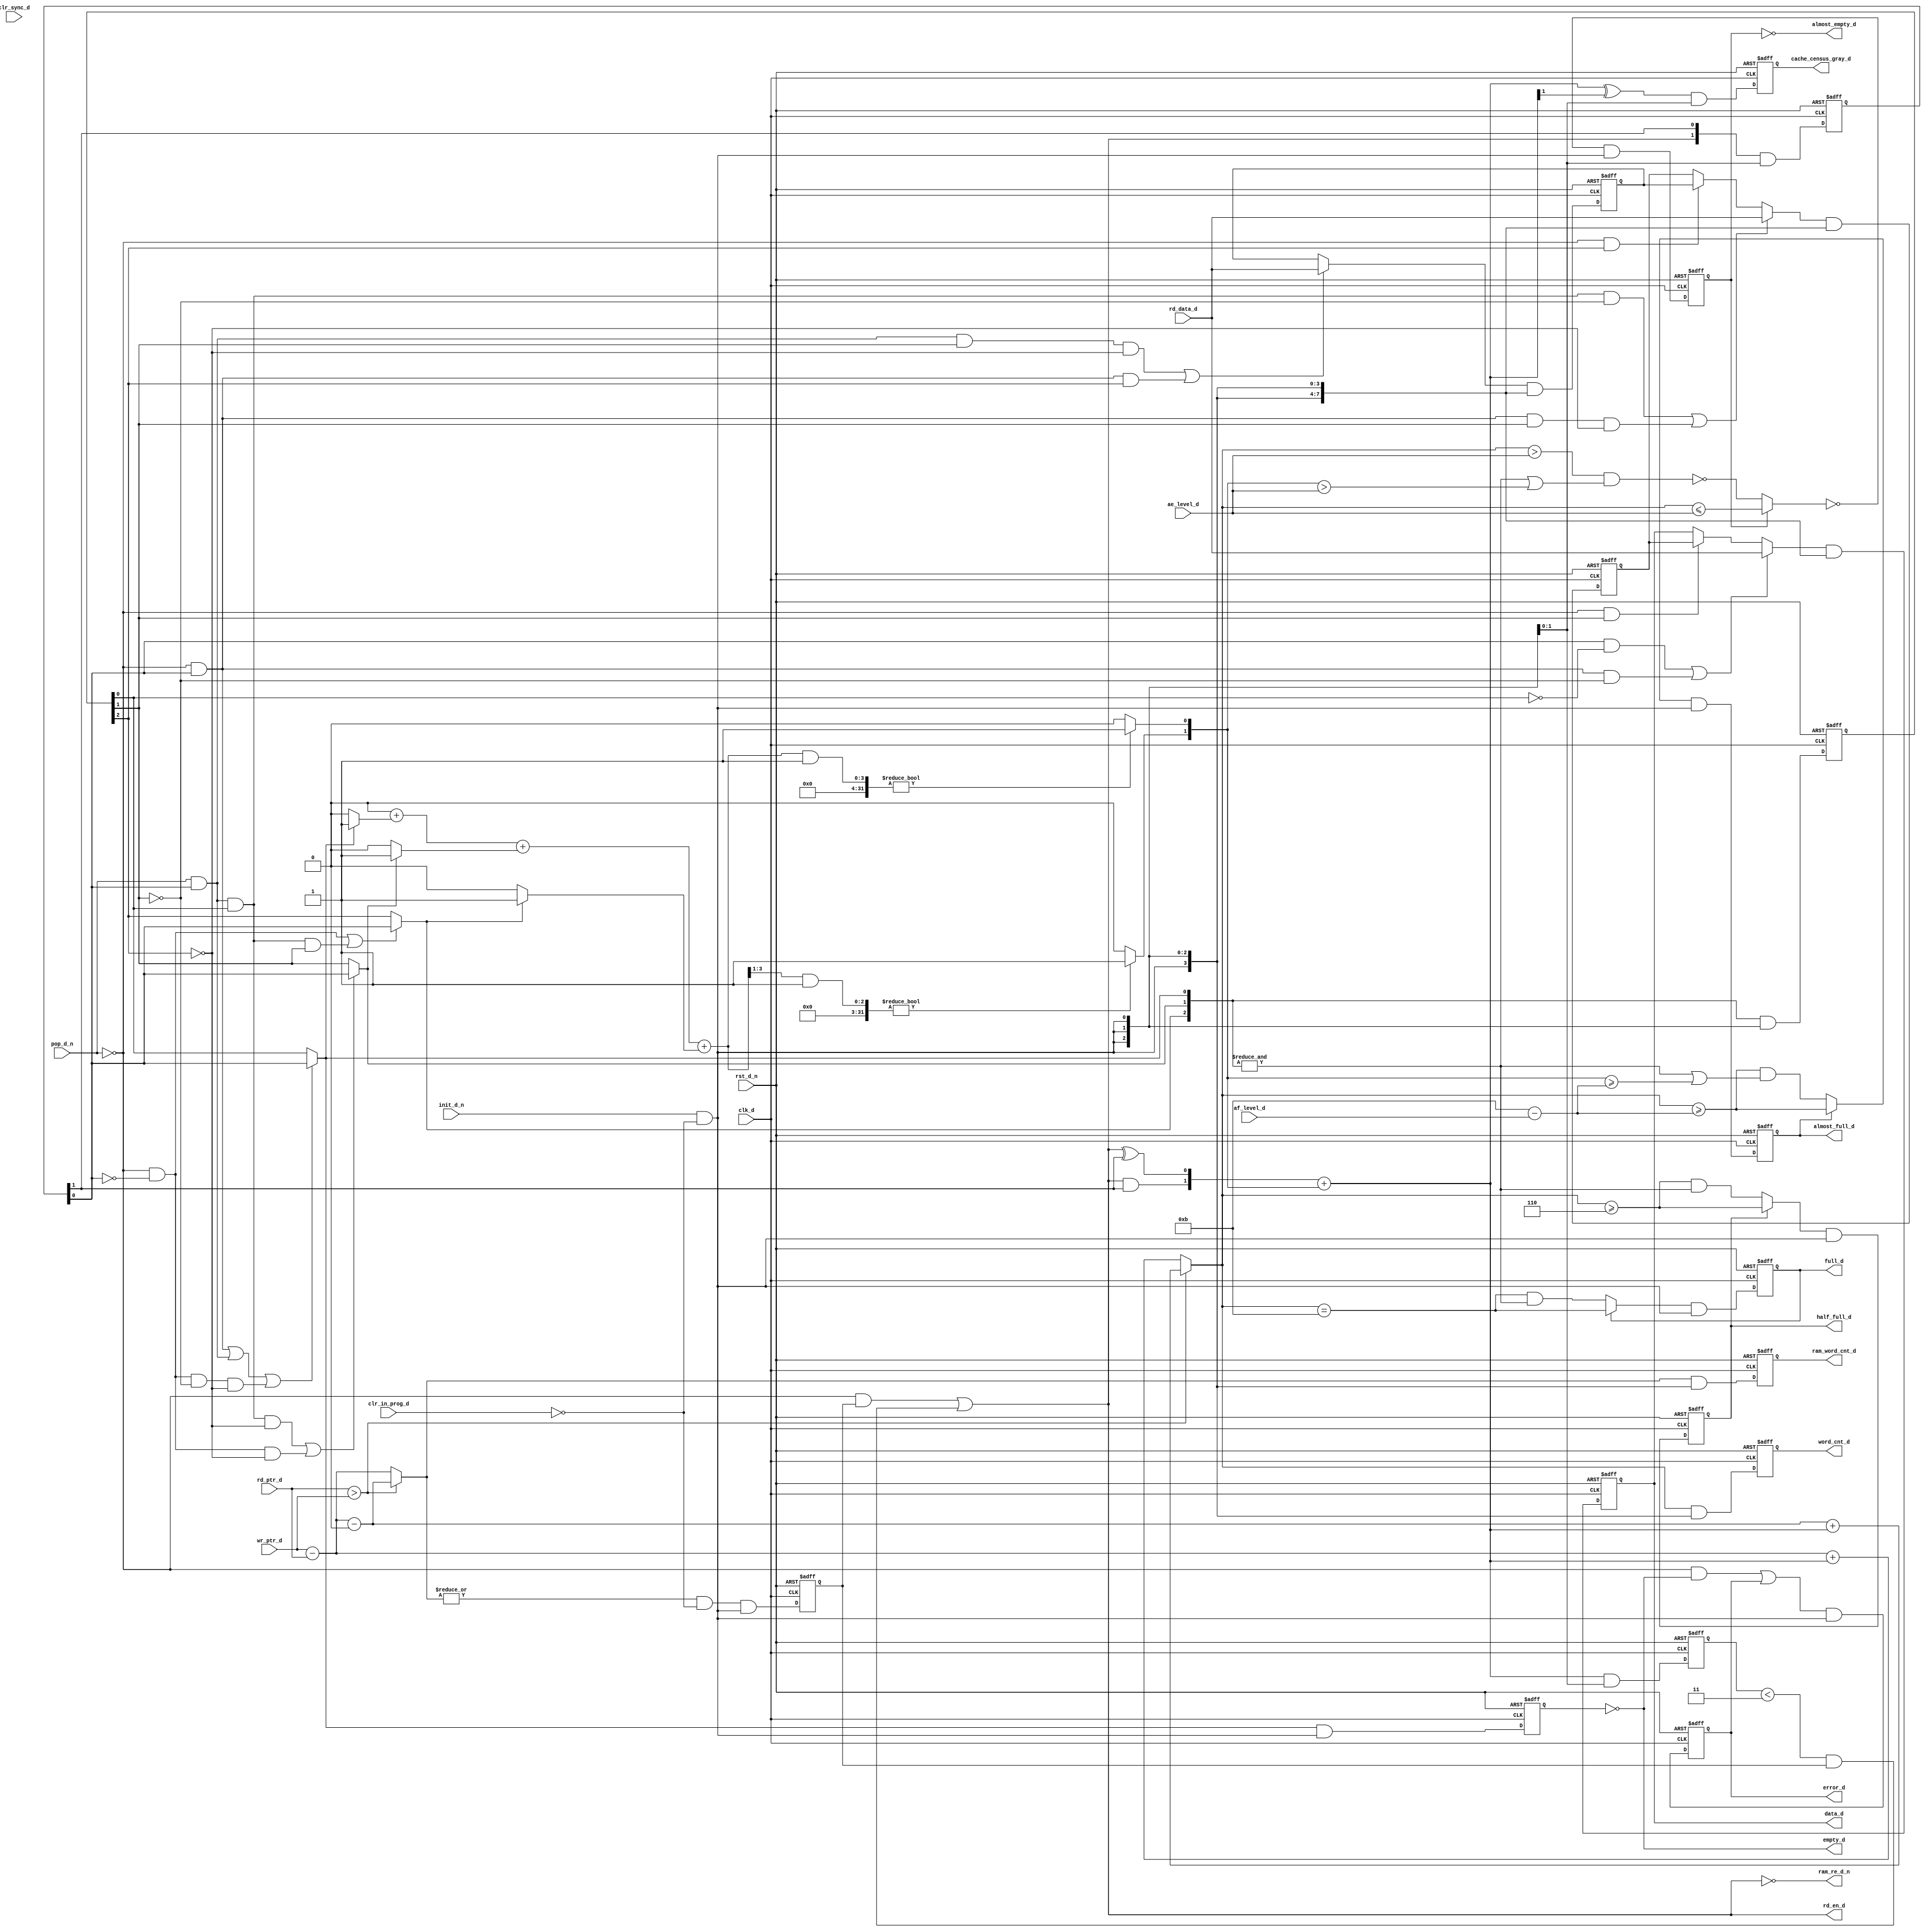
////////////////////////////////////////////////////////////////////////////////
//
//       This confidential and proprietary software may be used only
//     as authorized by a licensing agreement from Synopsys Inc.
//     In the event of publication, the following notice is applicable:
//
//                           ALL RIGHTS RESERVED
//
//       The entire notice above must be reproduced on all authorized
//     copies.
//
//        8/01/06
//
// VERSION:   Verilog Synthesis Model
//
// DesignWare_version: 61194e74
// DesignWare_release: G-2012.06-DWBB_201206.1
//
////////////////////////////////////////////////////////////////////////////////

////////////////////////////////////////////////////////////////////////////////
//
//
// ABSTRACT: Destination domain (pop operation) interface FIFO controller
//
//           Used for FIFOs with synchronous pipelined RAMs and 
//           external caching.  Status flags are dynamically
//           configured.
//
//
//      Parameters     Valid Values   Description
//      ==========     ============   ===========
//      width           1 to 1024     default: 8
//                                    Width of data to/from RAM
//
//      ram_depth     4 to 16777216   default: 8
//                                    Depth of the RAM in the FIFO (does not include cache depth)
//
//      mem_mode         0 to 7       default: 3
//                                    Defines where and how many re-timing stages:
//                                      0 => no RAM pre or post retiming
//                                      1 => RAM data out (post) re-timing
//                                      2 => RAM read address (pre) re-timing
//                                      3 => RAM read address (pre) and data out (post) re-timing 
//                                      4 => RAM write interface (pre) re-timing
//                                      5 => RAM write interface (pre) and data out (post) re-timing
//                                      6 => RAM write interface (pre) and read address (pre) re-timing
//                                      7 => RAM write interface (pre), read address re-timing (pre), and data out (post) re-timing
//
//      ram_re_ext       0 or 1       default: 0
//                                    Determines the charateristic of the ram_re_d_n signal to RAM
//                                      0 => Single-cycle pulse of ram_re_d_n at the read event to RAM
//                                      1 => Extend assertion of ram_re_d_n while read event active in RAM
//
//      err_mode         0 or 1       default: 0
//                                    Error Reporting Behavior
//                                      0 => sticky error flag
//                                      1 => dynamic error flag
//
//      arch_type        0 or 1       default: 0
//                                    Pre-fetch cache architecture type
//                                      0 => Pipeline style
//                                      1 => Register File style
//
//      Inputs 	            Size	  Description
//      ======	            ====	  ===========
//      clk_d	            1 bit	  Destination Domain Clock
//      rst_d_n	            1 bit	  Destination Domain Asynchronous Reset (active low)
//      init_d_n            1 bit	  Destination Domain Synchronous Reset (active low)
//      clr_sync_d          1 bit	  Destination Domain Synchronized Clear (active high pulse)
//      ae_level_d          Q bits        Destination Domain almost empty threshold setting
//      af_level_d          Q bits        Destination Domain almost empty threshold setting
//      clr_in_prog_d       1 bit         Destination Domain Clear in Progress (unregistered)
//      pop_d_n             1 bit         Destination Domain pop request (active low)
//      rd_data_d           W bits        Destination Domain data from RAM
//      wr_ptr_d            M bits        Destination Domain synchronized write pointer (relative to RAM) for counting
//      rd_ptr_d            M bits        Destination Domain next read pointer (relative to RAM) for counting
//
//      Outputs	            Size	  Description
//      =======	            ====	  ===========
//      ram_re_d_n          1 bit         Destination Domain Read Enable to RAM (active-low)
//      rd_en_d             1 bit         Destination Domain enable to gray code synchronizer
//      data_d              W bits        Destination Domain data out
//      word_cnt_d          Q bits        Destination Domain FIFO word count (includes cache)
//      ram_word_cnt_d      M bits        Destination Domain RAM only word count
//      cache_census_gray_d N bits        Destination Domain external cache count in gray-code (incl. RAM read in progress)
//      empty_d	            1 bit	  Destination Domain Empty Flag
//      almost_empty_d      1 bit	  Destination Domain Almost Empty Flag
//      half_full_d         1 bit	  Destination Domain Half Empty Flag
//      almost_full_d       1 bit	  Destination Domain Almost Empty Flag
//      full_d	            1 bit	  Destination Domain Empty Flag
//      error_d	            1 bit	  Destination Domain Error Flag
//
//           Note: M is based on ram_depth:
//                   M = ceil(log2(ram_depth+1))
//
//           Note: N is based on the mem_mode parameter:
//                   N = 1 when mem_mode = 0 or 4
//                   N = 2 when mem_mode = 1, 2, 3, 5, 6, or 7
//		
//           Note: Q is based on the mem_mode parameter:
//                   Q = ceil(log2((ram_depth+1)+1)) when mem_mode = 0 or 4
//                   Q = ceil(log2((ram_depth+1)+2)) when mem_mode = 1, 2, 5, or 6
//                   Q = ceil(log2((ram_depth+1)+3)) when mem_mode = 3 or 7
//
//           Note: W is the width parameter
//
//
// MODIFIED:
//
//	   RJK - 3/21/12
//	   Corrected problems with use when depth is greater than 65533
//	   (STAR 9000530636)
//  
//         DLL - 10/07/11
//         Added labels to all regions of generate statements.
//
//         DLL - 6/6/11
//         (1) Removed all `define macros with #define macros and localparams.
//         (2) Subsequently, removed some 'leda off' and 'leda on' pragmas since `define
//             macros covnverted to localparams.
//         (3) Convert to generate statements replacing constant conditional expressions.
//
//              DLL   11/15/10 Fixed default values for some parameters to match across all
//                             source code.
//                             This fix addresses STAR#9000429754.
//
//              DLL   8/20/10  Fixed corner-case for 'almost_full_d' when cache depth is '1'
//                             and 'af_level_d == eff_depth'.
//                             This fix addresses STAR#9000413916.
//
//              DLL   3/17/10  Fixed the de-assertion conditions for 'almost_empty_d' and
//                             assertion condtions for 'half_full_d', 'almost_full_d', and
//                             'full_d'.  This allows blind popping in with data underruns.
//                             This fix addresses STAR#9000380664.
//                             This fix addresses STAR#9000381207.
//
//              DLL   3/16/10  Apply 'clr_in_prog_d' for synchronous resets to registers
//                             instead of 'clr_sync_d'.
//                             This fix addresses STAR#9000381235.
//                             This fix addresses STAR#9000381234.
//
//              DLL   11-4-09  Create cache count that includes RAM read in progress
//                             state.  Change the meaning/naming of 'cache_inuse_d' to
//                             a gray-coded vector.  New name is "cache_census_gray_d"
//                             This fix addresses STAR#9000353986.
//
//              DLL   1-10-07  Converted looping variables from global to local
//
//		
////////////////////////////////////////////////////////////////////////////////


module DWsc_fifoctl_dif(
        clk_d,
        rst_d_n,
        init_d_n,
        clr_sync_d,
        ae_level_d,
        af_level_d,
        clr_in_prog_d,
        pop_d_n,
        rd_data_d,
        wr_ptr_d,
        rd_ptr_d,
  
	ram_re_d_n,
	rd_en_d,
        data_d,
        word_cnt_d,
        ram_word_cnt_d,
        cache_census_gray_d,
        empty_d,
        almost_empty_d,
        half_full_d,
        almost_full_d,
        full_d,
        error_d
        // Embedded dc_shell script
        // set_attribute _current_design "enable_dp_opt" "TRUE" -type "boolean" -quiet
        // _model_constraint_1
	);

parameter width         =  8;   // RANGE 1 to 1024
parameter ram_depth     =  8;	// RANGE 4 to 16777216
parameter mem_mode      =  3;	// RANGE 0 to 7
parameter ram_re_ext    =  0;   // RANGE 0 to 1
parameter err_mode	=  0;	// RANGE 0 to 1
parameter arch_type	=  0;	// RANGE 0 to 1
   

localparam eff_depth             = (((mem_mode==0)||(mem_mode==4)) ? ram_depth+1 : (((mem_mode==3)||(mem_mode==7)) ? ram_depth+3 : ram_depth+2));
localparam cnt_width             = (((((mem_mode==0)||(mem_mode==4)) ? ram_depth+1 : (((mem_mode==3)||(mem_mode==7)) ? ram_depth+3 : ram_depth+2))+1>65536)?(((((mem_mode==0)||(mem_mode==4)) ? ram_depth+1 : (((mem_mode==3)||(mem_mode==7)) ? ram_depth+3 : ram_depth+2))+1>16777216)?(((((mem_mode==0)||(mem_mode==4)) ? ram_depth+1 : (((mem_mode==3)||(mem_mode==7)) ? ram_depth+3 : ram_depth+2))+1>268435456)?(((((mem_mode==0)||(mem_mode==4)) ? ram_depth+1 : (((mem_mode==3)||(mem_mode==7)) ? ram_depth+3 : ram_depth+2))+1>536870912)?30:29):(((((mem_mode==0)||(mem_mode==4)) ? ram_depth+1 : (((mem_mode==3)||(mem_mode==7)) ? ram_depth+3 : ram_depth+2))+1>67108864)?(((((mem_mode==0)||(mem_mode==4)) ? ram_depth+1 : (((mem_mode==3)||(mem_mode==7)) ? ram_depth+3 : ram_depth+2))+1>134217728)?28:27):(((((mem_mode==0)||(mem_mode==4)) ? ram_depth+1 : (((mem_mode==3)||(mem_mode==7)) ? ram_depth+3 : ram_depth+2))+1>33554432)?26:25))):(((((mem_mode==0)||(mem_mode==4)) ? ram_depth+1 : (((mem_mode==3)||(mem_mode==7)) ? ram_depth+3 : ram_depth+2))+1>1048576)?(((((mem_mode==0)||(mem_mode==4)) ? ram_depth+1 : (((mem_mode==3)||(mem_mode==7)) ? ram_depth+3 : ram_depth+2))+1>4194304)?(((((mem_mode==0)||(mem_mode==4)) ? ram_depth+1 : (((mem_mode==3)||(mem_mode==7)) ? ram_depth+3 : ram_depth+2))+1>8388608)?24:23):(((((mem_mode==0)||(mem_mode==4)) ? ram_depth+1 : (((mem_mode==3)||(mem_mode==7)) ? ram_depth+3 : ram_depth+2))+1>2097152)?22:21)):(((((mem_mode==0)||(mem_mode==4)) ? ram_depth+1 : (((mem_mode==3)||(mem_mode==7)) ? ram_depth+3 : ram_depth+2))+1>262144)?(((((mem_mode==0)||(mem_mode==4)) ? ram_depth+1 : (((mem_mode==3)||(mem_mode==7)) ? ram_depth+3 : ram_depth+2))+1>524288)?20:19):(((((mem_mode==0)||(mem_mode==4)) ? ram_depth+1 : (((mem_mode==3)||(mem_mode==7)) ? ram_depth+3 : ram_depth+2))+1>131072)?18:17)))):(((((mem_mode==0)||(mem_mode==4)) ? ram_depth+1 : (((mem_mode==3)||(mem_mode==7)) ? ram_depth+3 : ram_depth+2))+1>256)?(((((mem_mode==0)||(mem_mode==4)) ? ram_depth+1 : (((mem_mode==3)||(mem_mode==7)) ? ram_depth+3 : ram_depth+2))+1>4096)?(((((mem_mode==0)||(mem_mode==4)) ? ram_depth+1 : (((mem_mode==3)||(mem_mode==7)) ? ram_depth+3 : ram_depth+2))+1>16384)?(((((mem_mode==0)||(mem_mode==4)) ? ram_depth+1 : (((mem_mode==3)||(mem_mode==7)) ? ram_depth+3 : ram_depth+2))+1>32768)?16:15):(((((mem_mode==0)||(mem_mode==4)) ? ram_depth+1 : (((mem_mode==3)||(mem_mode==7)) ? ram_depth+3 : ram_depth+2))+1>8192)?14:13)):(((((mem_mode==0)||(mem_mode==4)) ? ram_depth+1 : (((mem_mode==3)||(mem_mode==7)) ? ram_depth+3 : ram_depth+2))+1>1024)?(((((mem_mode==0)||(mem_mode==4)) ? ram_depth+1 : (((mem_mode==3)||(mem_mode==7)) ? ram_depth+3 : ram_depth+2))+1>2048)?12:11):(((((mem_mode==0)||(mem_mode==4)) ? ram_depth+1 : (((mem_mode==3)||(mem_mode==7)) ? ram_depth+3 : ram_depth+2))+1>512)?10:9))):(((((mem_mode==0)||(mem_mode==4)) ? ram_depth+1 : (((mem_mode==3)||(mem_mode==7)) ? ram_depth+3 : ram_depth+2))+1>16)?(((((mem_mode==0)||(mem_mode==4)) ? ram_depth+1 : (((mem_mode==3)||(mem_mode==7)) ? ram_depth+3 : ram_depth+2))+1>64)?(((((mem_mode==0)||(mem_mode==4)) ? ram_depth+1 : (((mem_mode==3)||(mem_mode==7)) ? ram_depth+3 : ram_depth+2))+1>128)?8:7):(((((mem_mode==0)||(mem_mode==4)) ? ram_depth+1 : (((mem_mode==3)||(mem_mode==7)) ? ram_depth+3 : ram_depth+2))+1>32)?6:5)):(((((mem_mode==0)||(mem_mode==4)) ? ram_depth+1 : (((mem_mode==3)||(mem_mode==7)) ? ram_depth+3 : ram_depth+2))+1>4)?(((((mem_mode==0)||(mem_mode==4)) ? ram_depth+1 : (((mem_mode==3)||(mem_mode==7)) ? ram_depth+3 : ram_depth+2))+1>8)?4:3):(((((mem_mode==0)||(mem_mode==4)) ? ram_depth+1 : (((mem_mode==3)||(mem_mode==7)) ? ram_depth+3 : ram_depth+2))+1>2)?2:1)))));
localparam ram_cnt_width         = ((ram_depth+1>65536)?((ram_depth+1>16777216)?((ram_depth+1>268435456)?((ram_depth+1>536870912)?30:29):((ram_depth+1>67108864)?((ram_depth+1>134217728)?28:27):((ram_depth+1>33554432)?26:25))):((ram_depth+1>1048576)?((ram_depth+1>4194304)?((ram_depth+1>8388608)?24:23):((ram_depth+1>2097152)?22:21)):((ram_depth+1>262144)?((ram_depth+1>524288)?20:19):((ram_depth+1>131072)?18:17)))):((ram_depth+1>256)?((ram_depth+1>4096)?((ram_depth+1>16384)?((ram_depth+1>32768)?16:15):((ram_depth+1>8192)?14:13)):((ram_depth+1>1024)?((ram_depth+1>2048)?12:11):((ram_depth+1>512)?10:9))):((ram_depth+1>16)?((ram_depth+1>64)?((ram_depth+1>128)?8:7):((ram_depth+1>32)?6:5)):((ram_depth+1>4)?((ram_depth+1>8)?4:3):((ram_depth+1>2)?2:1)))));
localparam cache_inuse_width     = (((mem_mode==0)||(mem_mode==4)) ? 1 : (((mem_mode==3)||(mem_mode==7)) ? 3 : 2));
localparam cache_inuse_idx_width = (((((mem_mode==0)||(mem_mode==4)) ? 1 : (((mem_mode==3)||(mem_mode==7)) ? 3 : 2)) == 1) ? 1 : 2);
localparam leftover_cnt          = ((1 << ((ram_depth+1>65536)?((ram_depth+1>16777216)?((ram_depth+1>268435456)?((ram_depth+1>536870912)?30:29):((ram_depth+1>67108864)?((ram_depth+1>134217728)?28:27):((ram_depth+1>33554432)?26:25))):((ram_depth+1>1048576)?((ram_depth+1>4194304)?((ram_depth+1>8388608)?24:23):((ram_depth+1>2097152)?22:21)):((ram_depth+1>262144)?((ram_depth+1>524288)?20:19):((ram_depth+1>131072)?18:17)))):((ram_depth+1>256)?((ram_depth+1>4096)?((ram_depth+1>16384)?((ram_depth+1>32768)?16:15):((ram_depth+1>8192)?14:13)):((ram_depth+1>1024)?((ram_depth+1>2048)?12:11):((ram_depth+1>512)?10:9))):((ram_depth+1>16)?((ram_depth+1>64)?((ram_depth+1>128)?8:7):((ram_depth+1>32)?6:5)):((ram_depth+1>4)?((ram_depth+1>8)?4:3):((ram_depth+1>2)?2:1)))))) - ((ram_depth == (1 << (((ram_depth+1>65536)?((ram_depth+1>16777216)?((ram_depth+1>268435456)?((ram_depth+1>536870912)?30:29):((ram_depth+1>67108864)?((ram_depth+1>134217728)?28:27):((ram_depth+1>33554432)?26:25))):((ram_depth+1>1048576)?((ram_depth+1>4194304)?((ram_depth+1>8388608)?24:23):((ram_depth+1>2097152)?22:21)):((ram_depth+1>262144)?((ram_depth+1>524288)?20:19):((ram_depth+1>131072)?18:17)))):((ram_depth+1>256)?((ram_depth+1>4096)?((ram_depth+1>16384)?((ram_depth+1>32768)?16:15):((ram_depth+1>8192)?14:13)):((ram_depth+1>1024)?((ram_depth+1>2048)?12:11):((ram_depth+1>512)?10:9))):((ram_depth+1>16)?((ram_depth+1>64)?((ram_depth+1>128)?8:7):((ram_depth+1>32)?6:5)):((ram_depth+1>4)?((ram_depth+1>8)?4:3):((ram_depth+1>2)?2:1)))))-1)))? (ram_depth*2) : ((ram_depth+2) - (ram_depth & 1))));
localparam offset                = (((1 << ((ram_depth+1>65536)?((ram_depth+1>16777216)?((ram_depth+1>268435456)?((ram_depth+1>536870912)?30:29):((ram_depth+1>67108864)?((ram_depth+1>134217728)?28:27):((ram_depth+1>33554432)?26:25))):((ram_depth+1>1048576)?((ram_depth+1>4194304)?((ram_depth+1>8388608)?24:23):((ram_depth+1>2097152)?22:21)):((ram_depth+1>262144)?((ram_depth+1>524288)?20:19):((ram_depth+1>131072)?18:17)))):((ram_depth+1>256)?((ram_depth+1>4096)?((ram_depth+1>16384)?((ram_depth+1>32768)?16:15):((ram_depth+1>8192)?14:13)):((ram_depth+1>1024)?((ram_depth+1>2048)?12:11):((ram_depth+1>512)?10:9))):((ram_depth+1>16)?((ram_depth+1>64)?((ram_depth+1>128)?8:7):((ram_depth+1>32)?6:5)):((ram_depth+1>4)?((ram_depth+1>8)?4:3):((ram_depth+1>2)?2:1)))))) - ((ram_depth == (1 << (((ram_depth+1>65536)?((ram_depth+1>16777216)?((ram_depth+1>268435456)?((ram_depth+1>536870912)?30:29):((ram_depth+1>67108864)?((ram_depth+1>134217728)?28:27):((ram_depth+1>33554432)?26:25))):((ram_depth+1>1048576)?((ram_depth+1>4194304)?((ram_depth+1>8388608)?24:23):((ram_depth+1>2097152)?22:21)):((ram_depth+1>262144)?((ram_depth+1>524288)?20:19):((ram_depth+1>131072)?18:17)))):((ram_depth+1>256)?((ram_depth+1>4096)?((ram_depth+1>16384)?((ram_depth+1>32768)?16:15):((ram_depth+1>8192)?14:13)):((ram_depth+1>1024)?((ram_depth+1>2048)?12:11):((ram_depth+1>512)?10:9))):((ram_depth+1>16)?((ram_depth+1>64)?((ram_depth+1>128)?8:7):((ram_depth+1>32)?6:5)):((ram_depth+1>4)?((ram_depth+1>8)?4:3):((ram_depth+1>2)?2:1)))))-1)))? (ram_depth*2) : ((ram_depth+2) - (ram_depth & 1)))) / 2);
localparam one_deep_cache        = ((mem_mode==0) || (mem_mode==4));
localparam two_deep_cache        = ((mem_mode==1) || (mem_mode==2) || (mem_mode==5) || (mem_mode==6));
localparam three_deep_cache      = ((mem_mode==3) || (mem_mode==7));
  
localparam hf_level              = (((((mem_mode==0)||(mem_mode==4)) ? ram_depth+1 : (((mem_mode==3)||(mem_mode==7)) ? ram_depth+3 : ram_depth+2)) + 1)/ 2);



input                            clk_d;          // Destination Domain Clock 
input                            rst_d_n;        // Destination Domain Asynchronous Reset (active low) 
input                            init_d_n;       // Destination Domain Synchronous Reset (active low) 
input                            clr_sync_d;     // Destination Domain Synchronized Clear (active high pulse) 
input  [cnt_width-1:0]           ae_level_d;     // Destination Domain almost empty threshold setting 
input  [cnt_width-1:0]           af_level_d;     // Destination Domain almost empty threshold setting 
input                            clr_in_prog_d;  // Destination Domain Clear in Progress (unregistered) 
input                            pop_d_n;        // Destination Domain pop request (active low) 
input  [width-1:0]               rd_data_d;      // Destination Domain data from RAM 
input  [ram_cnt_width-1:0]       wr_ptr_d;       // Destination Domain next write pointer (relative to RAM) - unregistered 
input  [ram_cnt_width-1:0]       rd_ptr_d;       // Destination Domain synchronized read pointer (relative to RAM) 

output                           ram_re_d_n;     // Destination Domain Read Enable to RAM (active-low) 
output                           rd_en_d;        // Destination Domain enable to gray code synchronizer 
output [width-1:0]               data_d;         // Destination Domain data out 
output [cnt_width-1:0]           word_cnt_d;     // Destination Domain FIFO word count (includes cache) 
output [ram_cnt_width-1:0]       ram_word_cnt_d; // Destination Domain RAM only word count 
output [cache_inuse_idx_width-1:0] cache_census_gray_d;// Destination Domain external cache count in gray-code
output                           empty_d;        // Destination Domain Full Flag 
output                           almost_empty_d; // Destination Domain Almost Empty Flag 
output                           half_full_d;    // Destination Domain Half Empty Flag 
output                           almost_full_d;  // Destination Domain Almost Empty Flag 
output                           full_d;	 // Destination Domain Empty Flag 
output                           error_d;        // Destination Domain Error Flag

wire [cnt_width-1:0]             a_empty_vector;
wire [cnt_width:0]               a_full_vector;
wire [31:0]                      a_full_vector_temp;
wire [cnt_width-1:0]             hlf_full_vector;
wire [cnt_width-1:0]             full_count_bus;
wire [cnt_width-1:0]             bus_low;

wire                             tie_low;
wire                             tie_high;
wire [ram_cnt_width-1:0]         residual_value_bus;
wire                             init_regs_n;

wire                             next_empty_d;
reg                              next_almost_empty_d;
reg                              next_half_full_d;
reg                              next_almost_full_d;
reg                              next_full_d;
wire                             error_seen;
wire                             next_error_d_int;

wire [cnt_width-1:0]             count;

wire [cnt_width-1:0]             next_word_cnt_d_int;
wire [ram_cnt_width-1:0]         next_ram_word_cnt_d_int;
reg  [ram_cnt_width-1:0]         next_ram_word_cnt_d_temp;
reg  [cnt_width-1:0]             next_word_cnt_d_temp;

wire [ram_cnt_width:0]           temp1;
wire [ram_cnt_width-1:0]         ram_word_cnt_d_p1;
wire [ram_cnt_width:0]           ram_word_cnt_d_p1_rgtw;
wire [cnt_width:0]               word_cnt_d_p1;
wire [cnt_width:0]               word_cnt_d_p1_rgtw;

reg  [cnt_width-1:0]             word_cnt_d_int;
reg  [ram_cnt_width-1:0]         ram_word_cnt_d_int;

wire [width-1:0]                 rd_data_d_int;
wire [width-1:0]                 data_d;

reg                              ram_empty;
wire                             next_ram_empty;
wire                             ram_empty_int;
reg                              ram_empty_d1;
wire                             ram_empty_d1_int;
wire                             ram_empty_pipe;
 
reg                              full_d_int;
reg                              empty_d_int;
reg                              almost_empty_d_int;
reg                              half_full_d_int;
reg                              almost_full_d_int;
reg                              error_d_int;

wire                             pop_d;
wire                             adv_cnt;
wire                             pop_ram;
wire                             ld_rdtr;

wire [1:0]                       next_rdtr_reg;
reg  [1:0]                       rdtr_reg;
wire                             ld_cache;


wire [cache_inuse_idx_width-1:0] cache_census_gray_d;
wire [2:0]                       next_inuse;
wire                             inuse_1dp_select0;
wire [2:0]                       next_inuse_1dp;
wire                             inuse_2dp_select0;
wire                             inuse_2dp_select1;
wire [2:0]                       next_inuse_2dp;
wire                             inuse_3dp_select0;
wire                             inuse_3dp_select1;
wire                             inuse_3dp_select2;
wire [2:0]                       next_inuse_3dp;
reg  [2:0]                       inuse;


// Pipeline Cache declarations
wire                             cache_data_1dp_ram_sel0;
wire [width-1:0]                 next_cache_data_1dp_s0;
wire [width-1:0]                 next_cache_data_1dp_s1;
wire [width-1:0]                 next_cache_data_1dp_s2;

wire                             cache_data_2dp_ram_sel0;
wire                             cache_data_2dp_shft_sel0;
wire                             cache_data_2dp_ram_sel1;
wire [width-1:0]                 next_cache_data_2dp_s0;
wire [width-1:0]                 next_cache_data_2dp_s1;
wire [width-1:0]                 next_cache_data_2dp_s2;

wire                             cache_data_3dp_ram_sel0;
wire                             cache_data_3dp_shft_sel0;
wire                             cache_data_3dp_ram_sel1;
wire                             cache_data_3dp_shft_sel1;
wire                             cache_data_3dp_ram_sel2;
wire [width-1:0]                 next_cache_data_3dp_s0;
wire [width-1:0]                 next_cache_data_3dp_s1;
wire [width-1:0]                 next_cache_data_3dp_s2;

reg  [width-1:0]                 next_cache_data  [0:2];
reg  [width-1:0]                 cache_data       [0:2];
// End of Pipeline Cache declarations



wire [cache_inuse_idx_width-1:0]     cache_max; 
wire [cache_inuse_width-1:0]         cache_inuse;
wire                                 next_cache_full;

reg  [cache_inuse_idx_width-1:0]     total_census; 
wire [cache_inuse_idx_width:0]       next_total_census;
wire [cache_inuse_idx_width-1:0]     next_rdtr_census; 
reg  [cache_inuse_idx_width-1:0]     next_cache_census; 
wire [cnt_width-1:0]                 next_cache_census_padded; 
wire [cache_inuse_idx_width-1:0]     next_total_census_btg; 
reg  [cache_inuse_idx_width-1:0]     total_census_btg;

  assign  pop_d  = ~pop_d_n;

generate 
  if (two_deep_cache) begin : GEN_RDTR_2DPC
    assign next_rdtr_census = {1'b0, next_rdtr_reg[0]};
  end else begin : GEN_RDTR_NOT_2DPC
    if (three_deep_cache) begin : GEN_RDTR_3DPC
      assign next_rdtr_census = {next_rdtr_reg[1]&next_rdtr_reg[0], next_rdtr_reg[1]^next_rdtr_reg[0]};
    end else begin : GEN_RDTR_1DPC
      assign next_rdtr_census = {cache_inuse_idx_width{1'b0}};
    end
  end
endgenerate

  always @(next_inuse) begin : next_inuse_PROC
    integer  j, cnt;
    cnt = 0;
    for (j=0; j<cache_inuse_width; j=j+1) begin
      cnt = cnt + ((next_inuse[j] == 1'b1) ? 1 : 0);
    end  // for-loop
    for (j=0;j<cache_inuse_idx_width;j=j+1) next_cache_census[ j ] = (((cnt>>j)&1)!=0)?1'b1:1'b0;
  end  // always @(next_inuse

  assign next_total_census = next_rdtr_census + next_cache_census;

  assign next_cache_census_padded = {{(cnt_width-cache_inuse_idx_width){1'b0}}, next_cache_census};

// Create count to be passed out
generate
  if (cache_inuse_idx_width == 2) begin : GEN_BTG_INUSE_INDEX_IS_2
    
  function [cache_inuse_idx_width-1:0] func_bin2gray ;
    input [cache_inuse_idx_width-1:0]		B;	// input
    begin 
      func_bin2gray  = B ^ { 1'b0, B[cache_inuse_idx_width-1 : 1] }; 
    end
  endfunction

  assign next_total_census_btg = func_bin2gray ( next_total_census[cache_inuse_idx_width-1:0] );
  end else begin : GEN_BTG_INUSE_INDEX_IS_1
    assign next_total_census_btg = next_total_census[cache_inuse_idx_width-1:0];   
  end
endgenerate


  assign cache_max = cache_inuse_width[cache_inuse_idx_width-1:0];

  assign adv_cnt = (total_census < cache_max) && ~ram_empty_int;

  assign pop_ram = pop_d && ~ram_empty_int;

  assign ld_rdtr = pop_ram || adv_cnt;

generate
  if (three_deep_cache) begin : GEN_RDTR_REG_3DPC
    assign next_rdtr_reg[1] = ld_rdtr;
    assign next_rdtr_reg[0] = rdtr_reg[1];
  end else begin : GEN_RDTR_REG_NON_3DPC
    assign next_rdtr_reg[1] = 1'b0;
    assign next_rdtr_reg[0] = ld_rdtr;
  end
endgenerate

generate
  if (one_deep_cache) begin : GEN_LD_CACHE_1DPC
    assign ld_cache = ld_rdtr;
  end else begin : GEN_LD_CACHE_GT_1DPC
    assign ld_cache = rdtr_reg[0];
  end
endgenerate



  assign inuse_1dp_select0 = pop_d || ld_cache;
  assign next_inuse_1dp[0] = inuse_1dp_select0 ? ld_cache : inuse[0];
  assign next_inuse_1dp[1] = 1'b0;
  assign next_inuse_1dp[2] = 1'b0;

  assign inuse_2dp_select0 = (ld_cache && ~inuse[0]) || (pop_d && ~ld_cache && ~inuse[1]);
  assign inuse_2dp_select1 = (pop_d && ~ld_cache) || (~pop_d && ld_cache && inuse[0]);
  assign next_inuse_2dp[0] = inuse_2dp_select0 ? ld_cache : inuse[0];
  assign next_inuse_2dp[1] = inuse_2dp_select1 ? ld_cache : inuse[1];
  assign next_inuse_2dp[2] = 1'b0;

  assign inuse_3dp_select0 = (pop_d && ld_cache) || (~pop_d && ld_cache) || (pop_d && ~ld_cache && ~inuse[1] && ~inuse[2]);
  assign inuse_3dp_select1 = (~pop_d && ld_cache && inuse[0] && ~inuse[2]) || (pop_d && ~ld_cache && ~inuse[2]);
  assign inuse_3dp_select2 = (pop_d && ~ld_cache) || (~pop_d && ld_cache && inuse[0] && inuse[1]);
  assign next_inuse_3dp[0] = inuse_3dp_select0 ? ld_cache : inuse[0];
  assign next_inuse_3dp[1] = inuse_3dp_select1 ? ld_cache : inuse[1];
  assign next_inuse_3dp[2] = inuse_3dp_select2 ? ld_cache : inuse[2];

generate
  if (one_deep_cache) begin : GEN_INUSE_1DPC
    assign next_inuse = next_inuse_1dp;
  end else begin : GEN_INUSE_NOT_1DPC
    if (two_deep_cache) begin : GEN_INUSE_2DPC
      assign next_inuse = next_inuse_2dp;
    end else begin : GEN_INUSE_3DPC
      assign next_inuse = next_inuse_3dp;
    end
  end
endgenerate

  assign cache_census_gray_d    = total_census_btg;


generate
  if (((mem_mode % 2) == 0) && (((mem_mode/2) % 2) == 1)) begin : GEN_MM_EQ_2_OR_6
    assign ram_empty_pipe = ram_empty_d1_int;
  end else begin : GEN_MM_NE_2_AND_NE_6
    assign ram_empty_pipe = ram_empty_int;
  end
endgenerate

generate
  if ((mem_mode % 2) == 0) begin : GEN_MM_EVEN
    assign rd_data_d_int = (ram_empty_pipe == 1'b1) ? {width{1'b0}} : rd_data_d;
  end else begin : GEN_MM_ODD
    assign rd_data_d_int = rd_data_d;
  end
endgenerate

  //### Pipeline Cache loading data section ###
    // load cache data
    assign cache_data_1dp_ram_sel0 = (ld_cache && ~inuse[0]) || (pop_d && ld_cache && inuse[0]);
    assign next_cache_data_1dp_s0  = cache_data_1dp_ram_sel0 ? rd_data_d_int : cache_data[0];
    assign next_cache_data_1dp_s1  = {width{1'b0}};
    assign next_cache_data_1dp_s2  = {width{1'b0}};
  
    assign cache_data_2dp_ram_sel0  = (ld_cache && ~inuse[0]) || (pop_d && ld_cache && ~inuse[1]);
    assign cache_data_2dp_shft_sel0 = pop_d && inuse[1];
    assign cache_data_2dp_ram_sel1  = (~pop_d && ld_cache && inuse[0] && ~inuse[1]) || (pop_d && ld_cache && inuse[1]);
    assign next_cache_data_2dp_s0   = cache_data_2dp_ram_sel0 ? rd_data_d_int : cache_data_2dp_shft_sel0 ? cache_data[1] : cache_data[0];
    assign next_cache_data_2dp_s1   = cache_data_2dp_ram_sel1 ? rd_data_d_int : cache_data[1];
    assign next_cache_data_2dp_s2   = {width{1'b0}};
  
    assign cache_data_3dp_ram_sel0  = (ld_cache && ~inuse[0]) || (pop_d && ld_cache && ~inuse[1]);
    assign cache_data_3dp_shft_sel0 = pop_d && inuse[1];
    assign cache_data_3dp_ram_sel1  = (~pop_d && ld_cache && inuse[0] && ~inuse[1]) || (pop_d && ld_cache && inuse[1] && ~inuse[2]);
    assign cache_data_3dp_shft_sel1 = pop_d && inuse[2];
    assign cache_data_3dp_ram_sel2  = (~pop_d && ld_cache && inuse[1] && ~inuse[2]) || (pop_d && ld_cache && inuse[2]);
    assign next_cache_data_3dp_s0   = cache_data_3dp_ram_sel0 ? rd_data_d_int : cache_data_3dp_shft_sel0 ? cache_data[1] : cache_data[0];
    assign next_cache_data_3dp_s1   = cache_data_3dp_ram_sel1 ? rd_data_d_int : cache_data_3dp_shft_sel1 ? cache_data[2] : cache_data[1];
    assign next_cache_data_3dp_s2   = cache_data_3dp_ram_sel2 ? rd_data_d_int : cache_data[2];
  
generate
    if (one_deep_cache) begin : GEN_CDATA_1DPC
      always @(next_cache_data_1dp_s0 or next_cache_data_1dp_s1 or next_cache_data_1dp_s2) begin
        next_cache_data[0] = next_cache_data_1dp_s0;
        next_cache_data[1] = next_cache_data_1dp_s1;
        next_cache_data[2] = next_cache_data_1dp_s2;
      end  // of always
    end else begin : GEN_CDATA_NOT_1DPC
      if (two_deep_cache) begin : GEN_CDATA_2DPC
        always @(next_cache_data_2dp_s0 or next_cache_data_2dp_s1 or next_cache_data_2dp_s2) begin
          next_cache_data[0] = next_cache_data_2dp_s0;
          next_cache_data[1] = next_cache_data_2dp_s1;
          next_cache_data[2] = next_cache_data_2dp_s2;
        end  // of always
      end else begin : GEN_CDATA_3DPC
        always @( next_cache_data_3dp_s0 or next_cache_data_3dp_s1 or next_cache_data_3dp_s2) begin
          next_cache_data[0] = next_cache_data_3dp_s0;
          next_cache_data[1] = next_cache_data_3dp_s1;
          next_cache_data[2] = next_cache_data_3dp_s2;
        end  // of always
      end
    end 
endgenerate
  //### End of Pipeline Cache data loading section ###


  assign a_empty_vector        = ae_level_d;
  assign hlf_full_vector       = hf_level[cnt_width-1:0];
  assign a_full_vector_temp    = (eff_depth - af_level_d);
  assign a_full_vector         = a_full_vector_temp[cnt_width:0];
  assign full_count_bus        = eff_depth[cnt_width-1:0];
  assign bus_low               = {cnt_width{1'b0}};
  assign residual_value_bus    = leftover_cnt[ram_cnt_width-1:0];
 
  assign tie_low               = 1'b0;
  assign tie_high              = 1'b1;

generate
  if (cache_inuse_width > 1) begin : GEN_INUSE_MULTIBIT
    assign next_cache_full = &next_inuse[cache_inuse_width-1:0];
  end else begin : GEN_INUSE_ONEBIT
    assign next_cache_full = next_inuse[0];
  end
endgenerate

  assign next_empty_d          = ~next_inuse[0];

generate
  if (cache_inuse_idx_width == 1) begin : GEN_NEXT_AED_CIIW_EQ_1
    always @(next_word_cnt_d_int or a_empty_vector or next_cache_full or almost_empty_d) begin
      if (almost_empty_d == 1'b1) begin
        next_almost_empty_d = ~((next_word_cnt_d_int > a_empty_vector) && (next_cache_full == 1'b1));
      end else begin
        next_almost_empty_d = (next_word_cnt_d_int <= a_empty_vector);
      end 
    end
  end else begin : GEN_NEXT_AED_CIIW_EQ_2
    always @(next_word_cnt_d_int or a_empty_vector or next_cache_full or almost_empty_d or next_cache_census_padded) begin
      if (almost_empty_d == 1'b1) begin
        next_almost_empty_d = ~((next_word_cnt_d_int > a_empty_vector) && 
                                ((next_cache_full == 1'b1) || (next_cache_census_padded > a_empty_vector)));
      end else begin
        next_almost_empty_d = (next_word_cnt_d_int <= a_empty_vector);
      end 
    end
  end
endgenerate

  always @(next_word_cnt_d_int or a_full_vector or next_cache_full or almost_full_d or next_cache_census_padded) begin
    if (almost_full_d == 1'b0) begin
      next_almost_full_d = (next_word_cnt_d_int >= a_full_vector[cnt_width-1:0]) && 
                           ((next_cache_full == 1'b1) || (next_cache_census_padded >= a_full_vector[cnt_width-1:0]));
    end else begin
      next_almost_full_d = (next_word_cnt_d_int >= a_full_vector[cnt_width-1:0]);
    end
  end

  always @(next_word_cnt_d_int or next_cache_full or half_full_d) begin
    if (half_full_d == 1'b0) begin
      next_half_full_d = (next_word_cnt_d_int >= $unsigned(hf_level)) && (next_cache_full == 1'b1);
    end else begin
      next_half_full_d = (next_word_cnt_d_int >= $unsigned(hf_level));
    end
  end

  always @(next_word_cnt_d_int or next_cache_full or full_d) begin
    if (full_d == 1'b0) begin
      next_full_d = (next_word_cnt_d_int == $unsigned(eff_depth)) && (next_cache_full == 1'b1);
    end else begin
      next_full_d = (next_word_cnt_d_int == $unsigned(eff_depth));
    end
  end



  assign error_seen = pop_d && empty_d;
generate
  if (err_mode == 0) begin : GEN_EM_EQ_0
    assign next_error_d_int = error_seen || error_d_int;
  end else begin : GEN_EM_NE_0
    assign next_error_d_int = error_seen;
  end
endgenerate

  // Merge synchronous reset signals into one
  assign init_regs_n = init_d_n && ~clr_in_prog_d;

  always @ (posedge clk_d or negedge rst_d_n) begin : clk_d_reg_PROC
     integer  c_idx;

     if (!rst_d_n) begin
       inuse               <= {3{1'b0}};
       rdtr_reg            <= {2{1'b0}};
       ram_empty           <= 1'b0;
       ram_empty_d1        <= 1'b0;
       total_census        <= {cache_inuse_idx_width{1'b0}};
       total_census_btg    <= {cache_inuse_idx_width{1'b0}};
       word_cnt_d_int      <= {cnt_width{1'b0}};
       ram_word_cnt_d_int  <= {ram_cnt_width{1'b0}};
       empty_d_int         <= 1'b0;
       almost_empty_d_int  <= 1'b0;
       half_full_d_int     <= 1'b0;
       almost_full_d_int   <= 1'b0;
       full_d_int          <= 1'b0;
       error_d_int         <= 1'b0;
       for (c_idx=0; c_idx<3; c_idx=c_idx+1) begin
	 cache_data[c_idx] <= {width{1'b0}};
       end  // for-loop
     end else begin
       inuse               <= next_inuse & {3{init_regs_n}};
       rdtr_reg            <= next_rdtr_reg & {2{init_regs_n}};
       ram_empty           <= next_ram_empty & init_regs_n;
       ram_empty_d1        <= ram_empty & init_regs_n;
       total_census        <= next_total_census[cache_inuse_idx_width-1:0] & {cache_inuse_idx_width{init_regs_n}};
       total_census_btg    <= next_total_census_btg & {cache_inuse_idx_width{init_regs_n}};
       word_cnt_d_int      <= next_word_cnt_d_int & {cnt_width{init_regs_n}};
       ram_word_cnt_d_int  <= next_ram_word_cnt_d_int & {ram_cnt_width{init_regs_n}};
       empty_d_int         <= ~next_empty_d & init_regs_n;
       almost_empty_d_int  <= ~next_almost_empty_d & init_regs_n;
       half_full_d_int     <= next_half_full_d & init_regs_n;
       almost_full_d_int   <= next_almost_full_d & init_regs_n;
       full_d_int          <= next_full_d & init_regs_n;
       error_d_int         <= next_error_d_int & init_regs_n;
       for (c_idx=0; c_idx<3; c_idx=c_idx+1) begin
	 cache_data[c_idx] <= next_cache_data[c_idx] & {width{init_regs_n}};
       end  // for-loop
     end
    end




  assign ram_empty_int     = ~ram_empty;
  assign ram_empty_d1_int  = ~ram_empty_d1;
 
  assign next_ram_empty = |next_ram_word_cnt_d_temp && ~clr_in_prog_d;

generate
  if (one_deep_cache || (ram_re_ext == 0)) begin : GEN_RRE_EQ_0_OR_1DPC
    assign ram_re_d_n = ~ld_rdtr;
  end else begin : GEN_RRE_NE_0_AND_NOT_1DPC
    if (two_deep_cache) begin : GEN_RRE_NE_0_AND_2DPC
      assign ram_re_d_n = ~ld_rdtr & ~rdtr_reg[0];
    end else begin : GEN_RRE_NE_0_AND_3DPC
      assign ram_re_d_n = ~ld_rdtr & ~rdtr_reg[0] & ~rdtr_reg[1];
    end
  end
endgenerate

  assign rd_en_d            = ld_rdtr;


  assign word_cnt_d         = word_cnt_d_int;
  assign ram_word_cnt_d     = ram_word_cnt_d_int;

  assign data_d             = cache_data[0];

  assign empty_d            = ~empty_d_int;
  assign almost_empty_d     = ~almost_empty_d_int;
  assign half_full_d        = half_full_d_int;
  assign almost_full_d      = almost_full_d_int;
  assign full_d             = full_d_int;
  assign error_d            = error_d_int;


  assign temp1                   = wr_ptr_d - rd_ptr_d;
  assign ram_word_cnt_d_p1       = temp1[ram_cnt_width-1 : 0];
  assign ram_word_cnt_d_p1_rgtw  = ram_word_cnt_d_p1 - residual_value_bus;
  assign word_cnt_d_p1           = ram_word_cnt_d_p1 + next_total_census[cache_inuse_idx_width-1:0];
  assign word_cnt_d_p1_rgtw      = ram_word_cnt_d_p1_rgtw[ram_cnt_width-1:0] + next_total_census[cache_inuse_idx_width-1:0];


  always @( ram_word_cnt_d_p1 or ram_word_cnt_d_p1_rgtw or rd_ptr_d or wr_ptr_d or 
	    word_cnt_d_p1 or word_cnt_d_p1_rgtw) begin
    if (rd_ptr_d > wr_ptr_d) begin
      next_ram_word_cnt_d_temp = ram_word_cnt_d_p1_rgtw[ram_cnt_width-1:0];
      next_word_cnt_d_temp     = word_cnt_d_p1_rgtw[cnt_width-1:0];
    end else begin
      next_ram_word_cnt_d_temp = ram_word_cnt_d_p1;
      next_word_cnt_d_temp     = word_cnt_d_p1[cnt_width-1:0];
    end
  end

  assign next_ram_word_cnt_d_int  = next_ram_word_cnt_d_temp;
  assign next_word_cnt_d_int      = next_word_cnt_d_temp;


endmodule